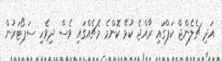
އަދި ޗެލެންޖް ކަޕްގައި ރާއްޖެ ކުޅޭ ކޮންމެ މެޗެއްގައި ވެސް ދިވެހި ސަޕޯޓަރުން